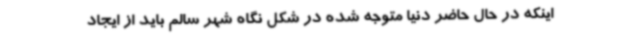
اینکه در حال حاضر دنیا متوجه شده در شکل نگاه شهر سالم باید از ایجاد